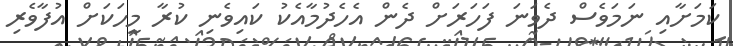
ކަމަށާއި ނަމަވެސް ދެވަނަ ފަހަރަށް ދެން އެހެދުމާއެކު ކައިވެނި ކުރާ މީހަކަށް އުފާވެރި